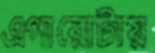
এগারোটায়